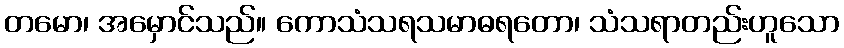
တမော၊ အမှောင်သည်။ ကောသံသရသမာဓရတော၊ သံသရာတည်းဟူသော